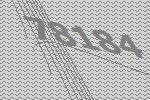
78184